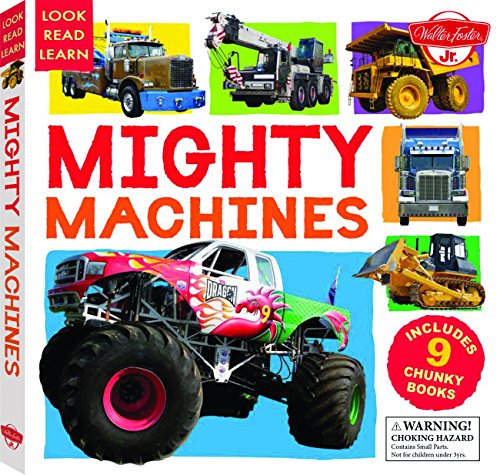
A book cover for Mighty Machines: Includes 9 Chunky Books (Look, Read, Learn); Walter Foster Jr. Creative Team; Children's Books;